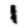
Digit: 1